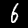
Digit: 6